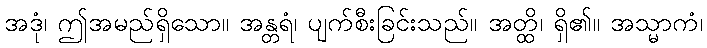
အဒုံ၊ ဤအမည်ရှိသော။ အန္တရံ၊ ပျက်စီးခြင်းသည်။ အတ္ထိ၊ ရှိ၏။ အသ္မာကံ၊